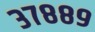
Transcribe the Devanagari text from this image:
३७८८९